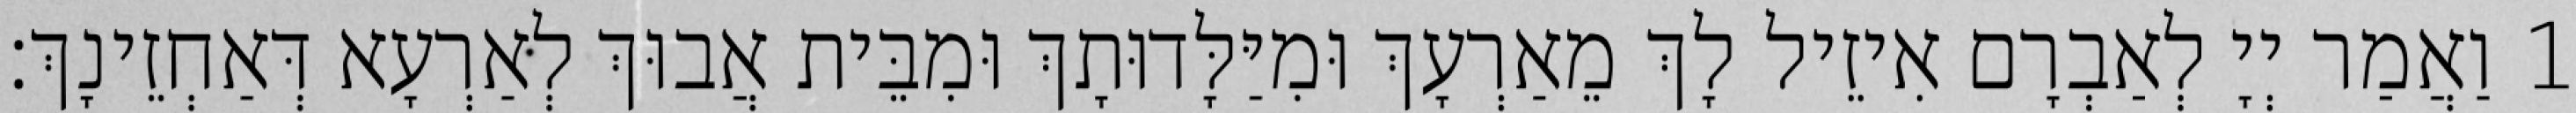
1 וַאֲמַר יְיָ לְאַבְרָם אִיזֵיל לָךְ מֵאַרְעָךְ וּמִיַּלָּדוּתָךְ וּמִבֵּית אֲבוּךְ לְאַרְעָא דְּאַחְזֵינָךְ׃